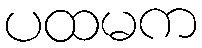
ပထမက